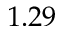
1 . 2 9